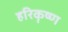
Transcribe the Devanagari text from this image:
हरिकॄष्ण